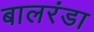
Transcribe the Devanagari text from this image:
बालरंडा